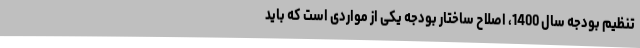
تنظیم بودجه سال 1400، اصلاح ساختار بودجه یکی از مواردی است که باید